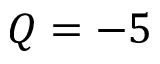
Q = - 5